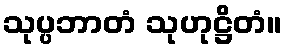
သုပ္ပဘာတံ သုဟုဋ္ဌိတံ။